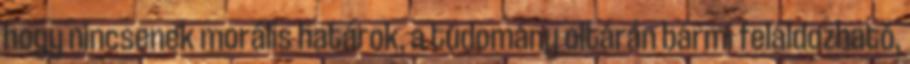
hogy nincsenek morális határok, a tudomány oltárán bármi feláldozható,